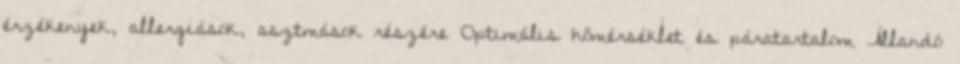
érzékenyek, allergiások, asztmások részére Optimális hőmérséklet és páratartalom Állandó